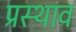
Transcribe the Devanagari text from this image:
प्रस्थाव